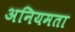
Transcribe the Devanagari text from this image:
अनियमता